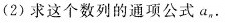
(2) 求这个数列的通项公式 a_{n} .